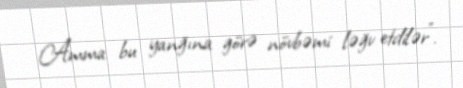
Amma bu yanğına görə növbəmi ləğv etdilər”.